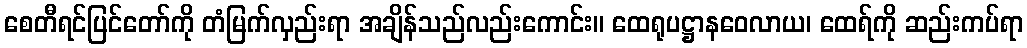
စေတီရင်ပြင်တော်ကို တံမြက်လှည်းရာ အချိန်သည်လည်းကောင်း။ ထေရုပဋ္ဌာနဝေလာယ၊ ထေရ်ကို ဆည်းကပ်ရာ